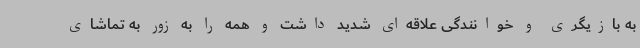
به بازیگری و خوانندگی علاقه‌ای شدید داشت و همه را به زور به تماشای